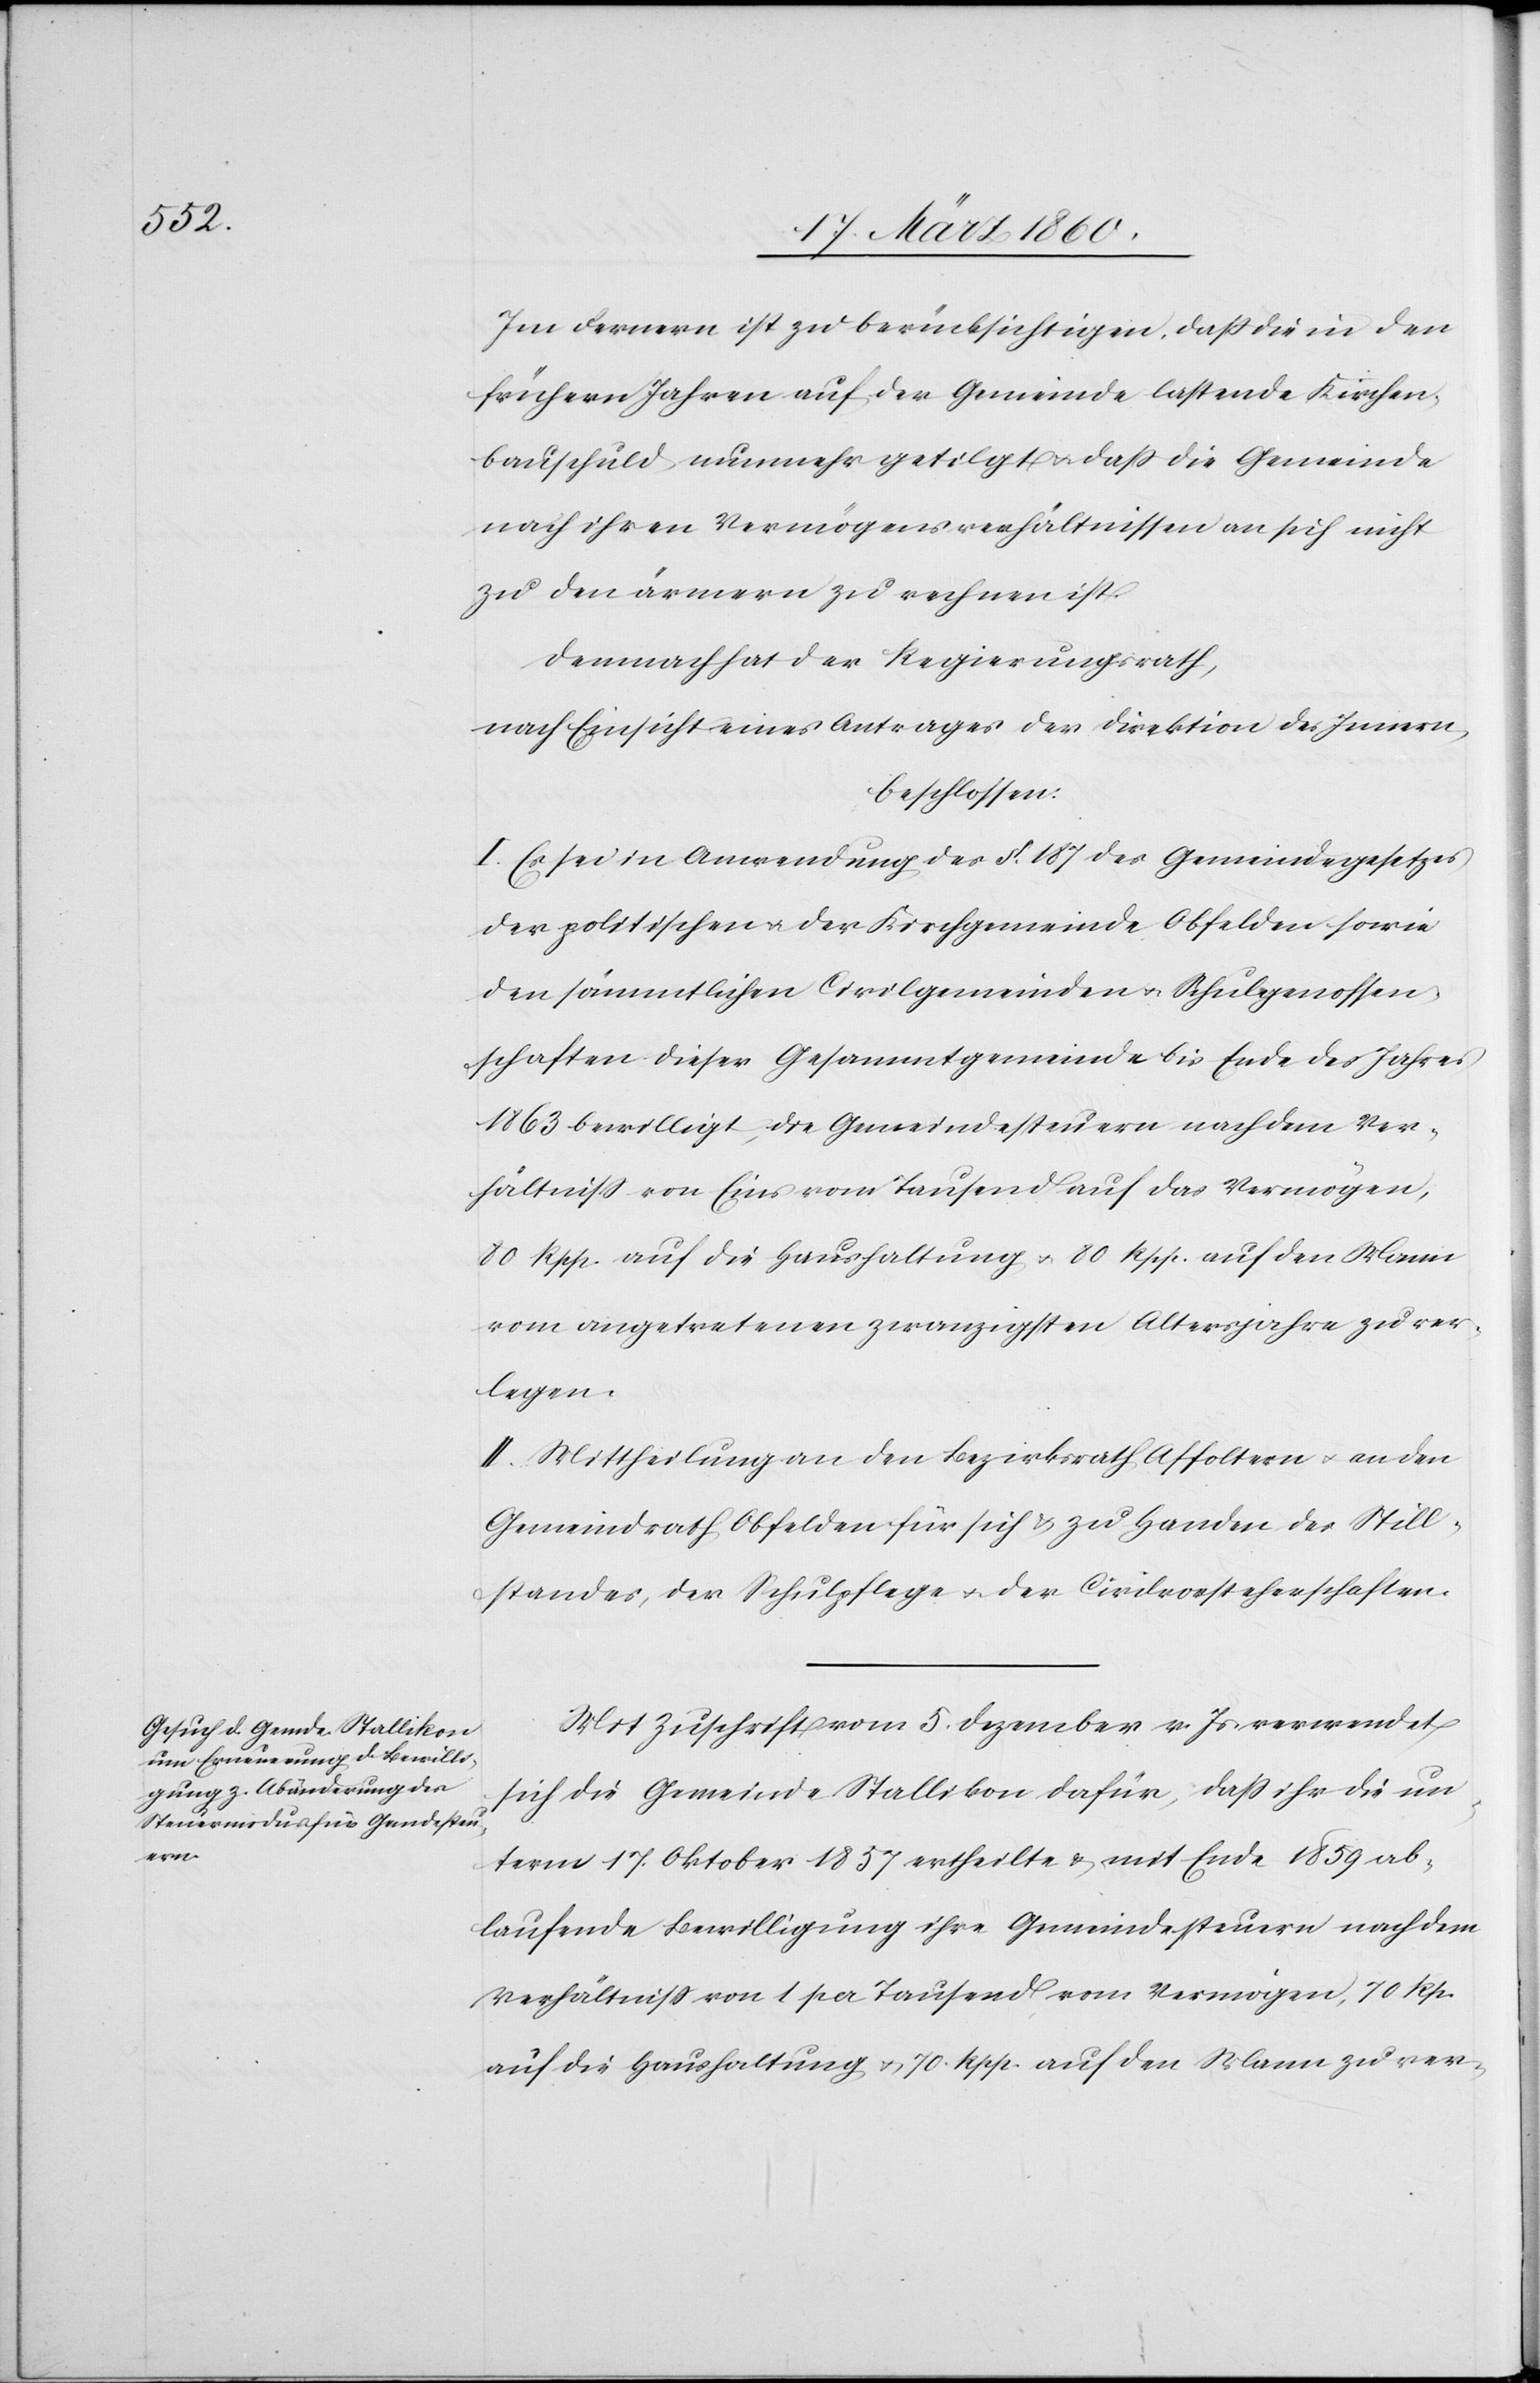
Im Fernern ist zu berücksichtigen, dass die in den
frühern Jahren auf der Gemeinde lastende Kirchen¬
bauschuld nunmehr getilgt u. dass die Gemeinde
nach ihren Vermögensverhältnissen an sich nicht
zu den ärmern zu rechnen ist.
Demnach hat der Regierungsrath,
nach Einsicht eines Antrages der Direktion des Innern,
beschlossen:
I. Es sei in Anwendung des §. 187. des Gemeindegesetzes
der politischen u. der Kirchgemeinde Obfelden sowie
den sämmtlichen Civilgemeinden u. Schulgenossen¬
schaften dieser Gesammtgemeinde bis Ende des Jahres
1863 bewilligt, die Gemeindesteuern nach dem Ver¬
hältniss von Eins von Tausend auf das Vermögen,
80 Rpp. auf die Haushaltung u. 80 Rpp. auf den Mann
vom angetretenen zwanzigsten Altersjahre zu ver¬
legen.
II. Mittheilung an den Bezirksrath Affoltern u. an den
Gemeindrath Obfelden für sich u. zu Handen des Still¬
standes, der Schulpflege u. der Civilvorsteherschaften.
Mit Zuschrift vom 5. Dezember v. Js. verwendet
sich die Gemeinde Stallikon dafür, dass ihr die un¬
term 17. Oktober 1857 ertheilte u. mit Ende 1859 ab¬
laufende Bewilligung ihre Gemeindesteuern nach dem
Verhältniss von 1 pr. Tausend vom Vermögen, 70 Rp.
auf die Haushaltung u. 70. Rpp. auf den Mann zu ver-